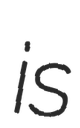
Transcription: is